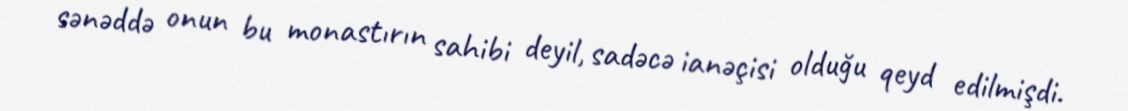
sənəddə onun bu monastırın sahibi deyil, sadəcə ianəçisi olduğu qeyd edilmişdi.